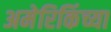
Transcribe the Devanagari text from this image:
अमेरिकिंच्या